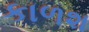
કાળશ